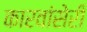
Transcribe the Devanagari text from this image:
कारवांसेरी